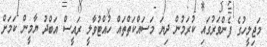
މަޖިލީހުގެ ފެންވަރުގައި ކުރަމުން ދިޔަ މަސައްކަތްތައް ހުއްޓުވާލީ ރައީސް އަބްދު ޔާމީން ކަމަށް